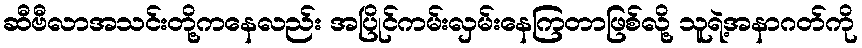
ဆီဗီလာအသင်းတို့ကနေလည်း အပြိုင်ကမ်းလှမ်းနေကြတာဖြစ်လို့ သူရဲ့အနာဂတ်ကို